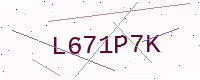
Text: L671P7K